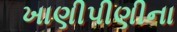
ખાણીપીણીના